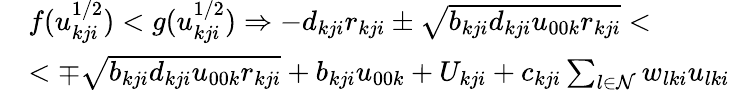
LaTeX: \begin{array}{rl}&{f(u_{kji}^{1/2})<g(u_{kji}^{1/2})\Rightarrow-d_{kji}r_{kji}\pm\sqrt{b_{kji}d_{kji}u_{00k}r_{kji}}<}\\ &{<\mp\sqrt{b_{kji}d_{kji}u_{00k}r_{kji}}+b_{kji}u_{00k}+U_{kji}+c_{kji}\sum_{l\in\mathcal{N}}w_{lki}u_{lki}}\end{array}